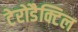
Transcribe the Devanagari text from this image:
टेरोडैक्टिल